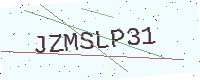
Text: JZMSLP31